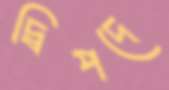
দ্বিপদে